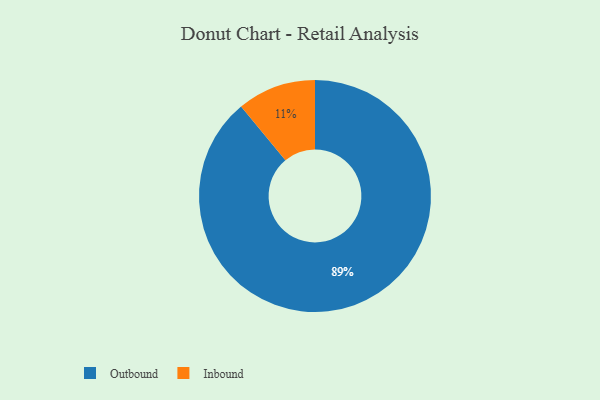
{"axis": {"x": "Category", "y": "Percentage"}, "legend": ["Inbound", "Outbound"], "data": [{"x": "Inbound", "y": 11, "type": "Inbound"}, {"x": "Outbound", "y": 89, "type": "Outbound"}]}